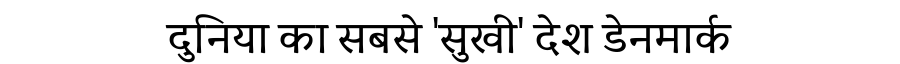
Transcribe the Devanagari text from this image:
दुनिया का सबसे 'सुखी' देश डेनमार्क